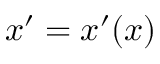
\boldsymbol { x } ^ { \prime } = \boldsymbol { x } ^ { \prime } ( \boldsymbol { x } )